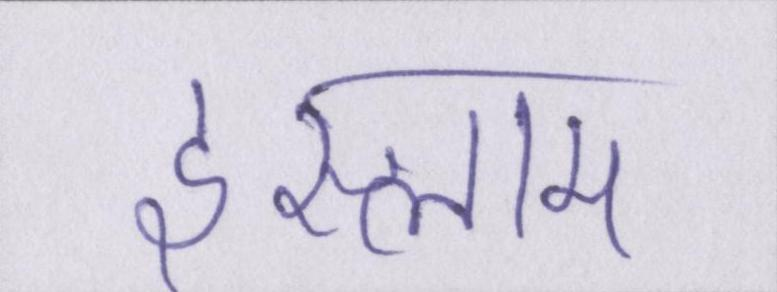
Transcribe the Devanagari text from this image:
इस्लाम